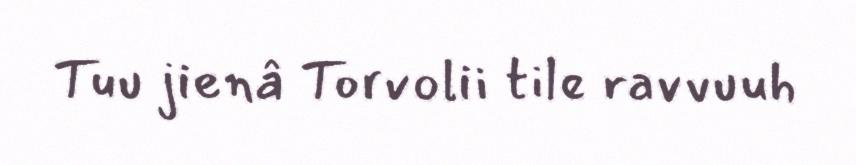
Tuu jienâ Torvolii tile ravvuuh